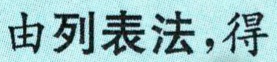
由列表法，得